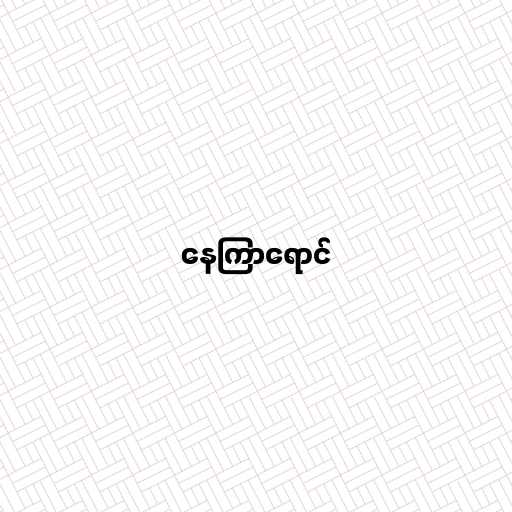
နေကြာရောင်